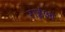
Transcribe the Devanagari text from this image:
राईआं